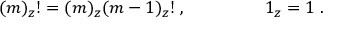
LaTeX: ( m ) _ { z } ! = ( m ) _ { z } ( m - 1 ) _ { z } ! \; , \; \; \; \; \; \; \; \; \; \; \; \; \; \; \; \; 1 _ { z } = 1 \; . \; \; \; \; \; \; \; \; \; \; \;